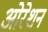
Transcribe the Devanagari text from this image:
ओरेशन